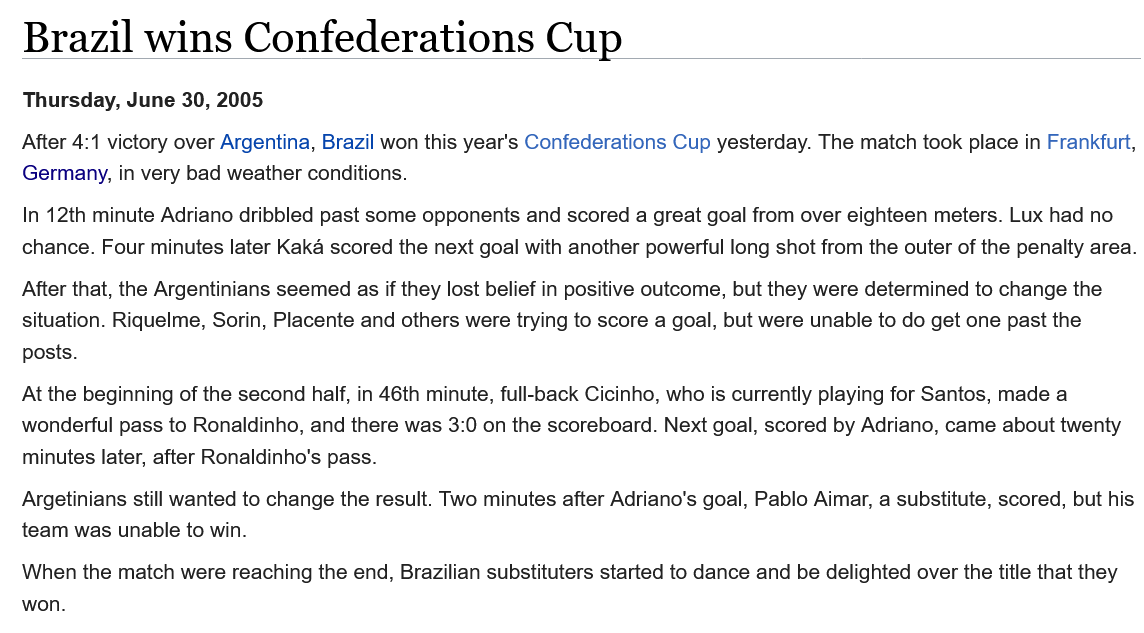
Brazil    wins    Confederations    Cup
   After 4:1 victory over Argentina, Brazil won this year's Confederations Cup yesterday. The match took place in Frankfurt,
   Germany, in very bad weather conditions.
   In 12th minute Adriano dribbled past some opponents and scored a great goal from over eighteen meters. Lux had no
   chance. Four minutes later Kaka scored the next goal with another powerful long shot from the outer of the penalty area.
   After that, the Argentinians seemed as if they lost belief in positive outcome, but they were determined to change the
   situation. Riquelme, Sorin, Placente and others were trying to score a goal, but were unable to do get one past the
   posts.
   At the beginning of the second half, in 46th minute, full-back Cicinho, who is currently playing for Santos, made a
   wonderful pass to Ronaldinho, and there was 3:0 on the scoreboard. Next goal, scored by Adriano, came about twenty
   minutes later, after Ronaldinho's pass.
   Argetinians still wanted to change the result. Two minutes after Adriano's goal, Pablo Aimar, a substitute, scored, but his
   team was unable to win.
   When the match were reaching the end, Brazilian substituters started to dance and be delighted over the title that they
   won.
   Thursday, June 30, 2005